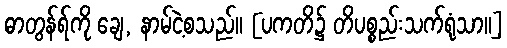
ဓာတွန်ရ်ကို ချေ, နာမ်ငဲ့စသည်။ [ပကတိ၌ တိပစ္စည်းသက်ရုံသာ။]